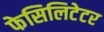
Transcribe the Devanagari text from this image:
फेसिलिटेटर